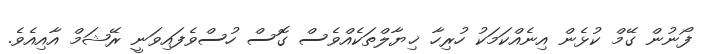
ފޯނުން ގޭމް ކުޅެން އިނެއްކަމަކު ހުރިހާ ޚިޔާލްތަކެއްވެސް ގޮސް ހުސްވެފައިވަނީ ރޭޝަމް އާއިއެވެ.